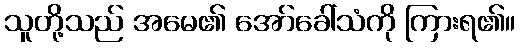
သူတို့သည် အမေ၏ အော်ခေါ်သံကို ကြားရ၏။